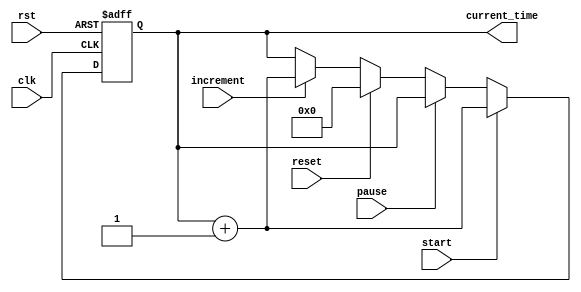
module RTC_Timer (
    input wire clk,
    input wire rst,
    input wire start,
    input wire pause,
    input wire reset,
    input wire increment,
    output reg [31:0] current_time
);

reg [31:0] counter;

always @(posedge clk or posedge rst) begin
    if (rst) begin
        counter <= 32'h0;
    end else begin
        if (start) begin
            counter <= counter + 1;
        end else if (pause) begin
            counter <= counter;
        end else if (reset) begin
            counter <= 32'h0;
        end else if (increment) begin
            counter <= counter + 1;
        end
    end
end

assign current_time = counter;

endmodule